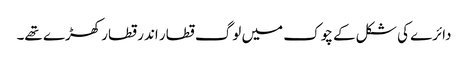
دائرے کی شکل کے چوک میں لوگ قطار اندر قطار کھڑے تھے۔